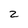
Character: 2